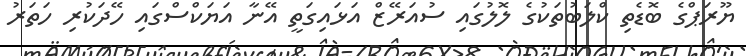
ޔޫރަޕްގެ ބޮޑެތި ކްލަބުތަކުގެ ލޮލުގައި ސުއަރޭޒް އަޅައިގަތީ އޭނާ އަޔަކްސްގައި ހޭދަކުރި ހަތަރު